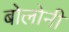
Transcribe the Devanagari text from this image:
बोलोनी